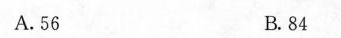
A.56 B.84